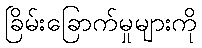
ခြိမ်းခြောက်မှုများကို